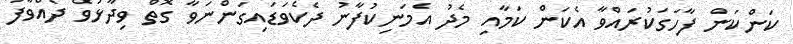
ކަންކަން ފާހަގަކުރައްވާ އެކަން ކަމާއި މެދު އެމަނިކުފާނު ދެކެވަޑައިގަންނަވާ ގޮތް ވިދާޅުވެ ދެއްވާފަ